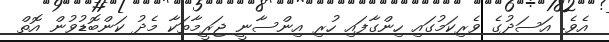
އެވެ. އަސަދުގެ ވެރިކަމުގައި ހިންގާފައި ހުރި އިންސާނީ ޖަރީމާތަކާ މެދު ކަންބޮޑުވުން އޮތް